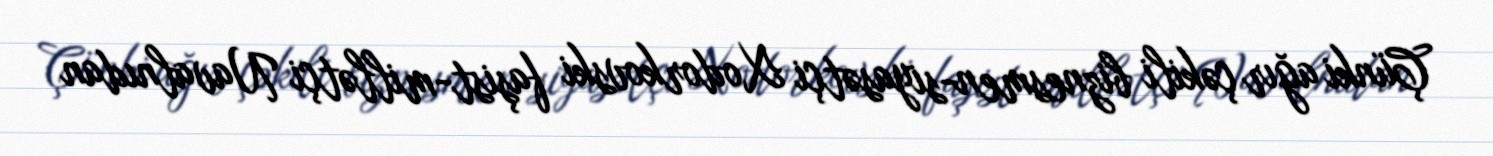
Çünki ağır çəkili biznesmen-siyasətçi Xodorkovski faşist-millətçi Navalnıdan